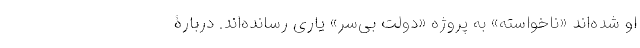
او شده‌اند «ناخواسته» به پروژه «دولت بی‌سر» یاری رسانده‌اند. دربارۀ